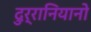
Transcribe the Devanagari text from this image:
दुर्रानियानो